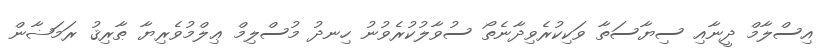
އިސްލާމް ދީނާއި ސިޔާސަތާ ވަކިކުރެވިދާނެތޯ ސުވާލުކުރެވުނު ހިނދު މުސްލިމް ޢިލްމުވެރިޔާ ޠާރިޤު ރަމަޟާން